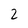
Character: 2